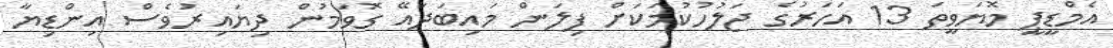
އެމްޑީޕީ މޮޔަވީތަ 13 އަހަރުގެ ޖަލުހުކުމަކަށް ފިލަން މައިބަދައޭ ގޮވަމުން ދިޔައިރުވެސް އިންޑިޔާ